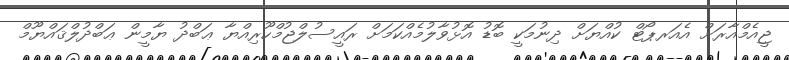
ޖީއެމްއާރަށް އެއަރޕޯޓް ކުއްޔަށް ދިނުމަކީ ބޮޑު އޮޅުވާލުމެއްކަމަށް ރައީސުލްޖުމްހޫރިއްޔާ ޢަބްދު ޔާމީން ޢަބްދުލްޤައްޔޫމް